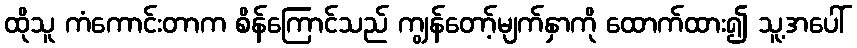
ထိုသူ ကံကောင်းတာက စိန်ကြောင်သည် ကျွန်တော့်မျက်နှာကို ထောက်ထား၍ သူ့အပေါ်